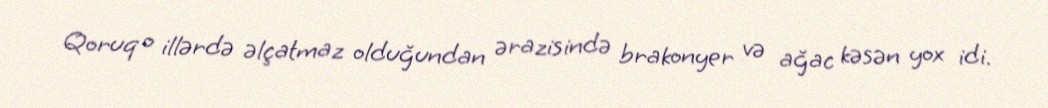
Qoruq o illərdə əlçatmaz olduğundan ərazisində brakonyer və ağac kəsən yox idi.